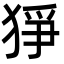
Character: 猙